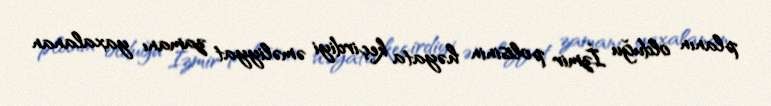
planın olduğu İzmir polisinin həyata keçirdiyi əməliyyat zamanı yaxalanan